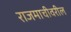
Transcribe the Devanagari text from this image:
राजमाचीवरील